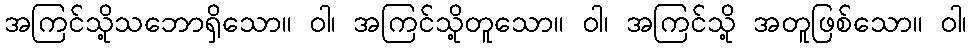
အကြင်သို့သဘောရှိသော။ ဝါ၊ အကြင်သို့တူသော။ ဝါ၊ အကြင်သို့ အတူဖြစ်သော။ ဝါ၊